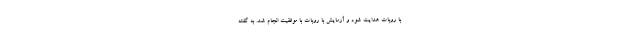
با روبات هدایت شود و آزمایش با روبات با موفقیت انجام شد. به گفته